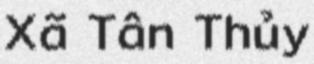
Xã Tân Thủy